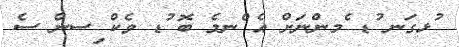
ުޅގަނ ުޑ ެމންނަށް އެ ްނމެ ބޮ ުޑ ވެކް ިސން ސެ